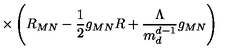
\times \left( R _ { M N } - \frac { 1 } { 2 } g _ { M N } R + \frac { \Lambda } { m _ { d } ^ { d - 1 } } g _ { M N } \right)